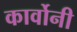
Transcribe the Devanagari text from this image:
कार्वोनी